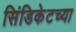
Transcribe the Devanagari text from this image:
सिंडिकेटच्या